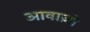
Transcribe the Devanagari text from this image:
आवाज़ो